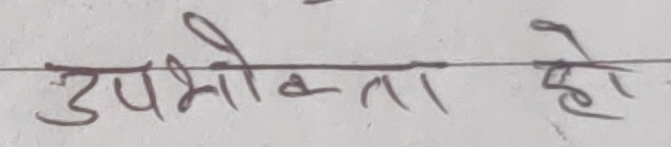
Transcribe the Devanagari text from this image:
उपभोक्ता हो